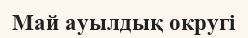
Май ауылдық округі